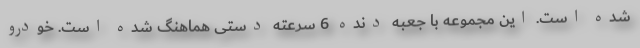
شده است. این مجموعه با جعبه دنده 6 سرعته دستی هماهنگ شده است. خودرو